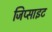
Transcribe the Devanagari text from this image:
जिप्साइट